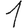
Digit: 1